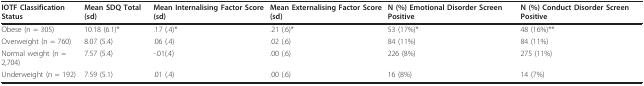
<table><thead><tr><td><b>IOTF Classification Status</b></td><td><b>Mean SDQ Total (sd)</b></td><td><b>Mean Internalising Factor Score (sd)</b></td><td><b>Mean Externalising Factor Score (sd)</b></td><td><b>N (%) Emotional Disorder Screen Positive</b></td><td><b>N (%) Conduct Disorder Screen Positive</b></td></tr></thead><tbody><tr><td>Obese (n = 305)</td><td>10.18 (6.1)*</td><td>.17 (.4)*</td><td>.21 (.6)*</td><td>53 (17%)*</td><td>48 (16%)**</td></tr><tr><td>Overweight (n = 760)</td><td>8.07 (5.4)</td><td>.06 (.4)</td><td>.02 (.6)</td><td>84 (11%)</td><td>84 (11%)</td></tr><tr><td>Normal weight (n = 2,704)</td><td>7.57 (5.4)</td><td>-.01(.4)</td><td>.00 (.6)</td><td>226 (8%)</td><td>275 (11%)</td></tr><tr><td>Underweight (n = 192)</td><td>7.59 (5.1)</td><td>.01 (.4)</td><td>.00 (.6)</td><td>16 (8%)</td><td>14 (7%)</td></tr></tbody></table>